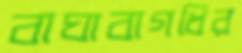
বাঘাবাগধির